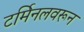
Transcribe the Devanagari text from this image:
टर्मिनलवरून